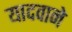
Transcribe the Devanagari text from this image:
यादवाने